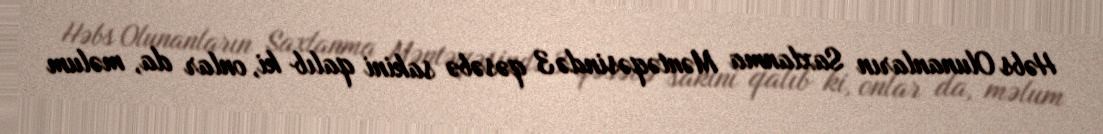
Həbs Olunanların Saxlanma Məntəqəsində 3 qəsəbə sakini qalıb ki, onlar da, məlum